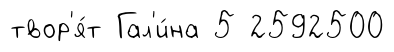
твор'я́т Гал'и́на 5 2592500